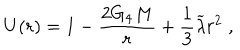
U ( r ) = 1 - \frac { 2 G _ { 4 } M } r + \frac 1 3 \widetilde { \lambda } r ^ { 2 } \; ,